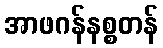
အာဖဂန်နစ္စတန်